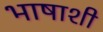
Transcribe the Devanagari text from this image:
भाषाशी